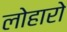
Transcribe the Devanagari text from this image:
लोहारो